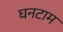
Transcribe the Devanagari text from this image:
घनटाम